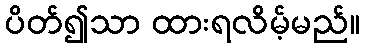
ပိတ်၍သာ ထားရလိမ့်မည်။